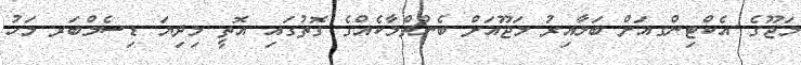
މަޖޫގެ އެކްޓިންގއަށް ބަލާއިރު މަޖޫއަށް ބެންޗްމާކެއްގެ ގޮތުގައި އޮތީ މިދިޔަ ޑިސެމްބަރ މަހު